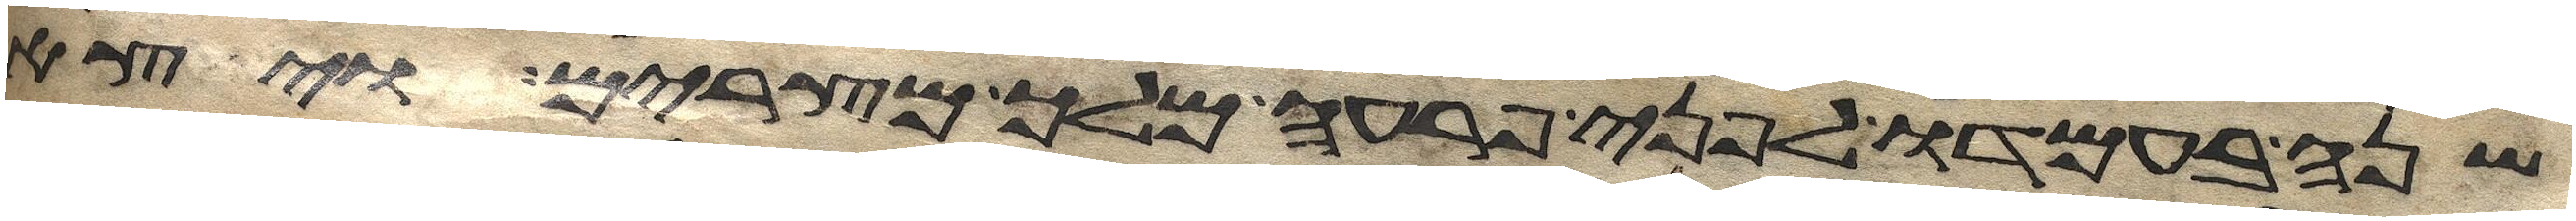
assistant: שנה בעמדו לפני פרעה מלך מצרים ויצא